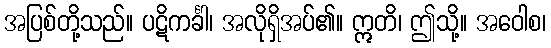
အပြစ်တို့သည်။ ပဋိကင်္ခါ၊ အလိုရှိအပ်၏။ ဣတိ၊ ဤသို့။ အဝေါစ၊